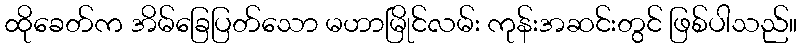
ထိုခေတ်က အိမ်ခြေပြတ်သော မဟာမြိုင်လမ်း ကုန်းအဆင်းတွင် ဖြစ်ပါသည်။